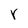
Character: Y